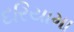
દરિયામા